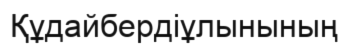
Құдайбердіұлынының